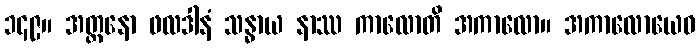
၁၄၉။ အတ္တနော ဖလဒါနံ သန္ဓာယ နာဿ ကာလောတိ အကာလော။ အကာလောယေဝ